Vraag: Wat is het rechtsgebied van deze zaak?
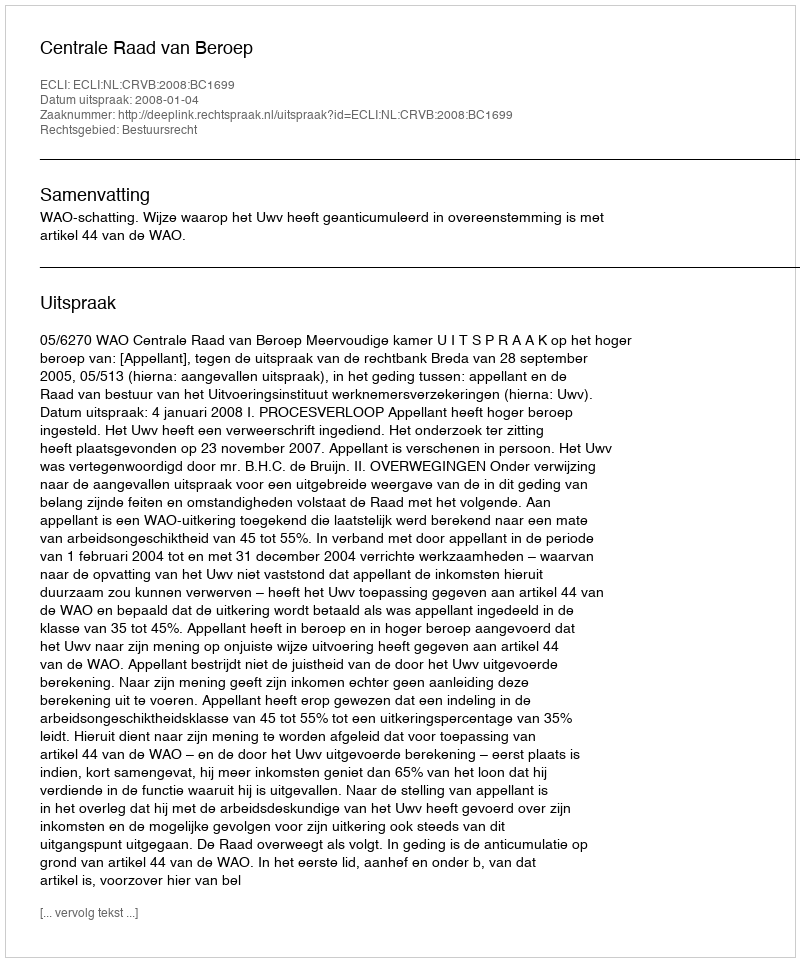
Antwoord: Bestuursrecht